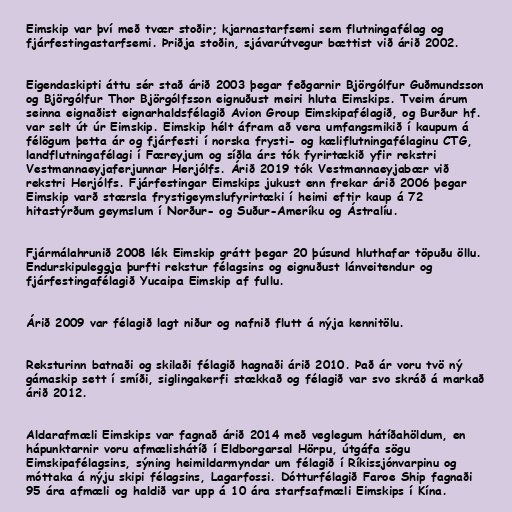
Eimskip var því með tvær stoðir; kjarnastarfsemi sem flutningafélag og
fjárfestingastarfsemi. Þriðja stoðin, sjávarútvegur bættist við árið 2002.

Eigendaskipti áttu sér stað árið 2003 þegar feðgarnir Björgólfur Guðmundsson
og Björgólfur Thor Björgólfsson eignuðust meiri hluta Eimskips. Tveim árum
seinna eignaðist eignarhaldsfélagið Avion Group Eimskipafélagið, og Burður hf.
var selt út úr Eimskip. Eimskip hélt áfram að vera umfangsmikið í kaupum á
félögum þetta ár og fjárfesti í norska frysti- og kæliflutningafélaginu CTG,
landflutningafélagi í Færeyjum og síðla árs tók fyrirtækið yfir rekstri
Vestmannaeyjaferjunnar Herjólfs. Árið 2019 tók Vestmannaeyjabær við
rekstri Herjólfs. Fjárfestingar Eimskips jukust enn frekar árið 2006 þegar
Eimskip varð stærsla frystigeymslufyrirtæki í heimi eftir kaup á 72
hitastýrðum geymslum í Norður- og Suður-Ameríku og Ástralíu.

Fjármálahrunið 2008 lék Eimskip grátt þegar 20 þúsund hluthafar töpuðu öllu.
Endurskipuleggja þurfti rekstur félagsins og eignuðust lánveitendur og
fjárfestingafélagið Yucaipa Eimskip af fullu.

Árið 2009 var félagið lagt niður og nafnið flutt á nýja kennitölu.

Reksturinn batnaði og skilaði félagið hagnaði árið 2010. Það ár voru tvö ný
gámaskip sett í smíði, siglingakerfi stækkað og félagið var svo skráð á markað
árið 2012.

Aldarafmæli Eimskips var fagnað árið 2014 með veglegum hátíðahöldum, en
hápunktarnir voru afmælishátíð í Eldborgarsal Hörpu, útgáfa sögu
Eimskipafélagsins, sýning heimildarmyndar um félagið í Ríkissjónvarpinu og
móttaka á nýju skipi félagsins, Lagarfossi. Dótturfélagið Faroe Ship fagnaði
95 ára afmæli og haldið var upp á 10 ára starfsafmæli Eimskips í Kína.